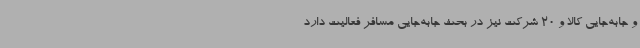
و جابه‌جایی کالا و 20 شرکت نیز در بحث جابه‌جایی مسافر فعالیت دارد